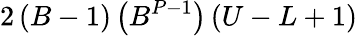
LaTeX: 2\left(B-1\right)\left(B^{P-1}\right)\left(U-L+1\right)